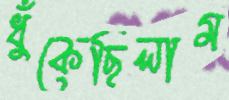
ধুঁকেছিলাম